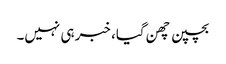
بچپن چھن گیا، خبر ہی نہیں۔